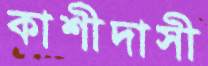
কাশীদাসী